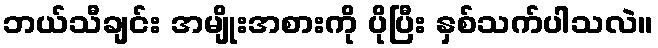
ဘယ်သီချင်း အမျိုးအစားကို ပိုပြီး နှစ်သက်ပါသလဲ။